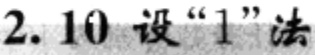
2. 10 设“1”法